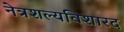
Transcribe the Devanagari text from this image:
नेत्रशल्यविशारद